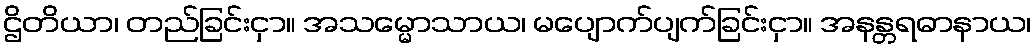
ဌိတိယာ၊ တည်ခြင်းငှာ။ အသမ္မောသာယ၊ မပျောက်ပျက်ခြင်းငှာ။ အနန္တရဓာနာယ၊